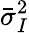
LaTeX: \bar{\sigma}_{I}^{2}